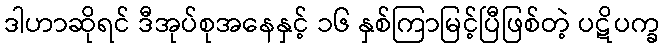
ဒါဟာဆိုရင် ဒီအုပ်စုအနေနှင့် ၁၆ နှစ်ကြာမြင့်ပြီဖြစ်တဲ့ ပဋိပက္ခ